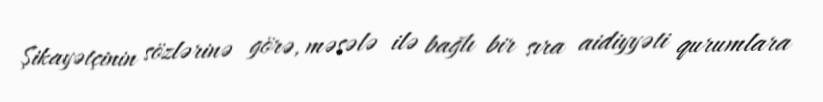
Şikayətçinin sözlərinə görə, məsələ ilə bağlı bir sıra aidiyyəti qurumlara